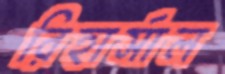
রিহার্সাল